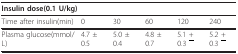
| <COLSPAN=5> Insulin dose(0.1 U/kg) |  |
 | --- | --- | --- | --- | --- | --- |
 | Time after insulin(min) | 0 | 30 | 60 | 120 | 240 |
 | Plasma glucose(mmol/L) | 4.7 ± 0.5 | 5.0 ± 0.4 | 4.8 ± 0.7 | 5.1 <underline>+</underline> 0.3 | 5.2 <underline>+</underline> 0.3 |